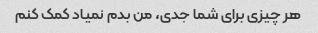
هر چیزی برای شما جدی، من بدم نمیاد کمک کنم